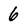
Character: 6